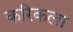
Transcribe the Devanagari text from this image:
करिकला